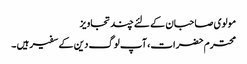
مولوی صاحبان کے لئے چند تجاویز
محترم حضرات، آپ لوگ دین کے سفیر ہیں ۔